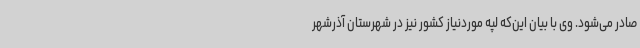
صادر می‌شود. وی با بیان این‌که لپه موردنیاز کشور نیز در شهرستان آذرشهر